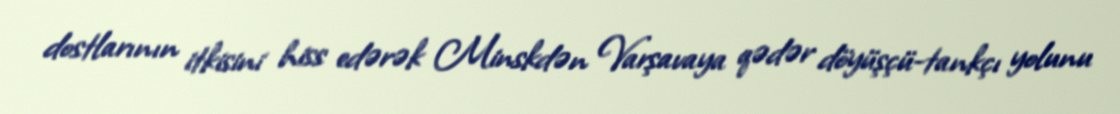
dostlarının itkisini hiss edərək Minskdən Varşavaya qədər döyüşçü-tankçı yolunu